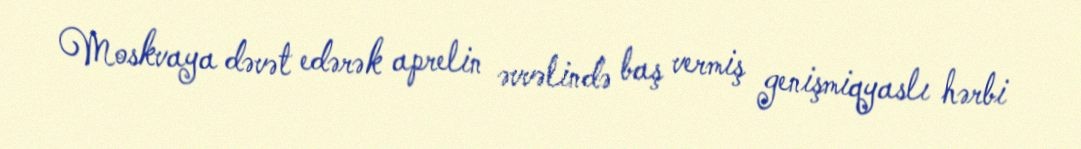
Moskvaya dəvət edərək aprelin əvvəlində baş vermiş genişmiqyaslı hərbi